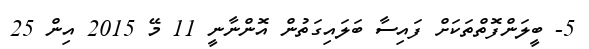
5- ބީލަންފޮތްތަކަށް ފައިސާ ބަލައިގަތުން އޮންނާނީ 11 މޭ 2015 އިން 25